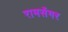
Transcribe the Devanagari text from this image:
रामसेंगर